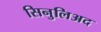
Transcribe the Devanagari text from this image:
सिनुलिअद